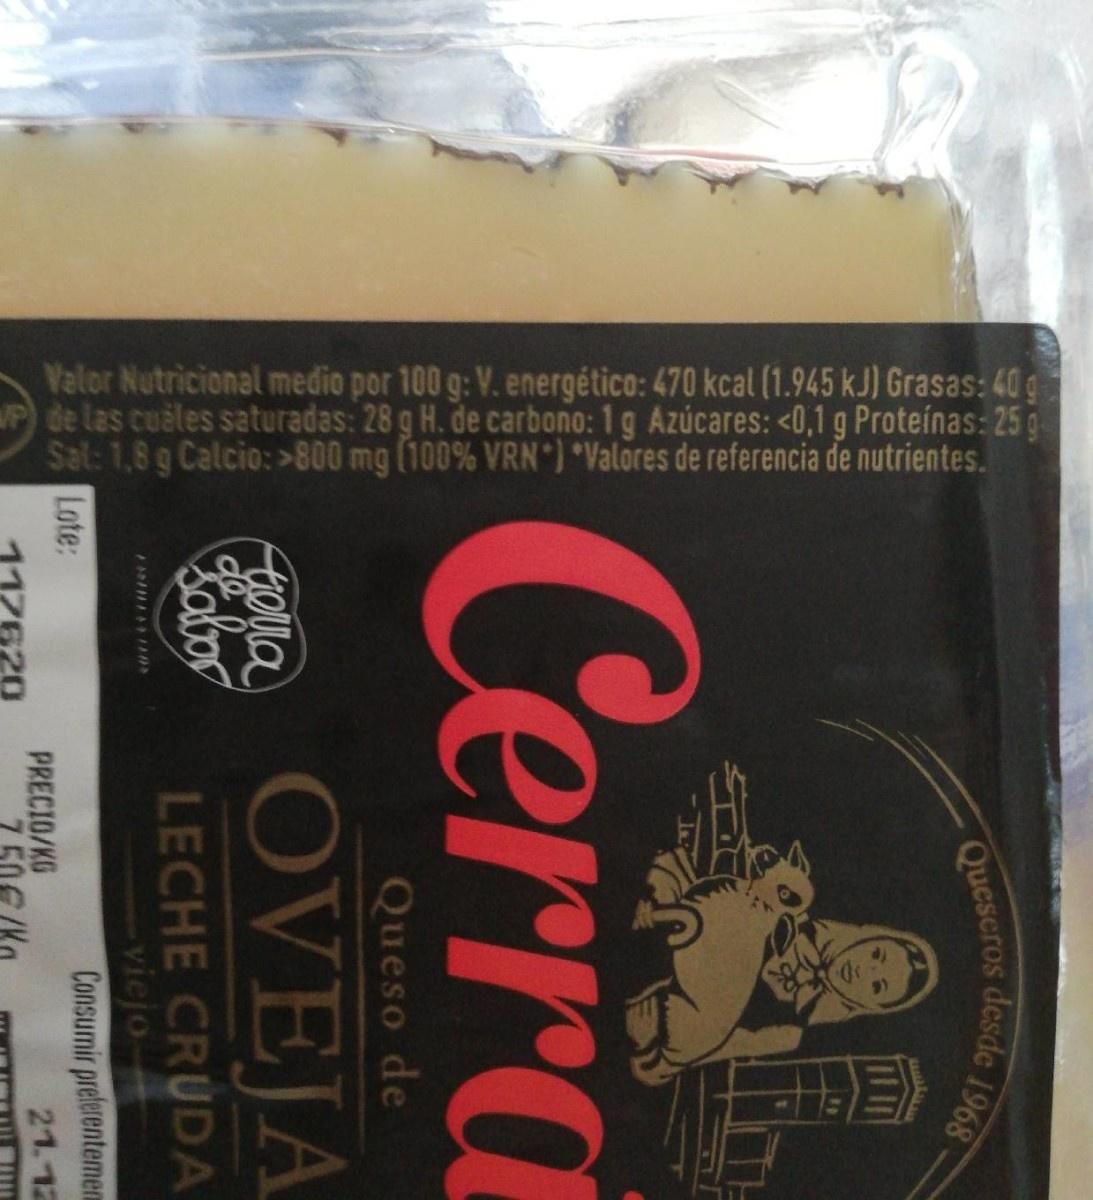
Valor Nutricional medio por 100 g: V. energético: 470 kcal (1.945 kJ) Grasas: 40 g de las cuales saturadas: 28 g H. de carbono: 1g Azúcares: <0,1 g Proteínas: 25 g Sal: 1,8 g Calcio: >800 mg (100% VRN) Valores de referencia de nutrientes.
Quescros desde 1968 -
Сerra
Queso de
tolla
OVEJA
obor
LECHE CRUDA viejo Consumir prefrentemena 21.12
Lote:
PRECIO/KG
7620